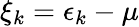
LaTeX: \xi_{k}=\epsilon_{k}-\mu